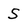
Character: S